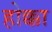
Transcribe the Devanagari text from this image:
होक्का